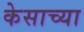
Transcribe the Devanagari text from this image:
केसाच्या